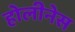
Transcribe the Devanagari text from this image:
होलीनेस